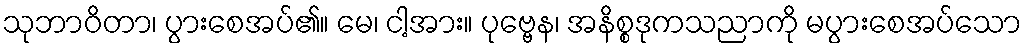
သုဘာဝိတာ၊ ပွားစေအပ်၏။ မေ၊ ငါ့အား။ ပုဗ္ဗေန၊ အနိစ္စဒုကသညာကို မပွားစေအပ်သော